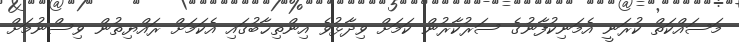
މަސައްކަތް ކުރަނީ އެމަނިކުފާނުގެ ސަރުކާރުން ކަމަށް ވިދާޅުވެ އިންތިޚާބުގައި އެކަމަށް ރައްޔިތުން ވިސްނުމަށް